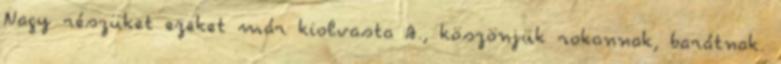
Nagy részüket ezeket már kiolvasta A., köszönjük rokonnak, barátnak.